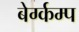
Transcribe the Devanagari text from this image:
बेर्ग्कम्प